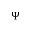
\Psi